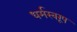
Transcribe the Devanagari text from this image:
धर्मस्वरूप